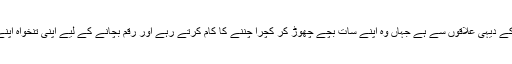
ابراہیم علی کی کہانی شائع کرتے ہوئے ٹیلی گراف نے لکھا ہے کہ ان کا تعلق حلب کے دیہی علاقوں سے ہے جہاں وہ اپنے سات بچے چھوڑ کر کچرا چننے کا کام کرتے رہے اور رقم بچانے کے لیے اپنی تنخواہ اپنے منیجر کو دیتے رہے جنہوں نے تین سال بعد ان کے حقوق دینے سے انکار کر دیا۔